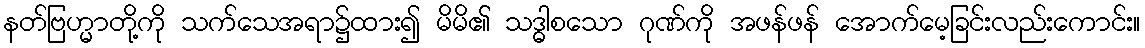
နတ်ဗြဟ္မာတို့ကို သက်သေအရာ၌ထား၍ မိမိ၏ သဒ္ဓာစသော ဂုဏ်ကို အဖန်ဖန် အောက်မေ့ခြင်းလည်းကောင်း။